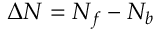
\Delta N = N _ { f } - N _ { b }